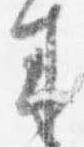
来